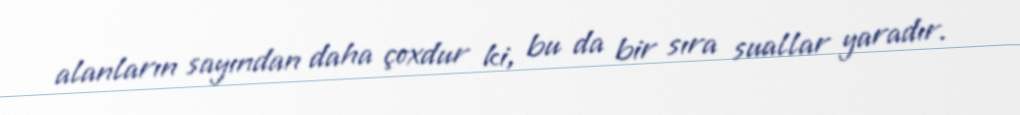
alanların sayından daha çoxdur ki, bu da bir sıra suallar yaradır.